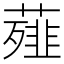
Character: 薤